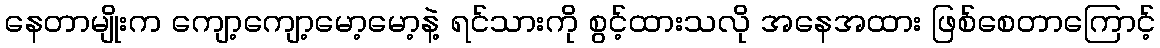
နေတာမျိုးက ကျော့ကျော့မော့မော့နဲ့ ရင်သားကို စွင့်ထားသလို အနေအထား ဖြစ်စေတာကြောင့်